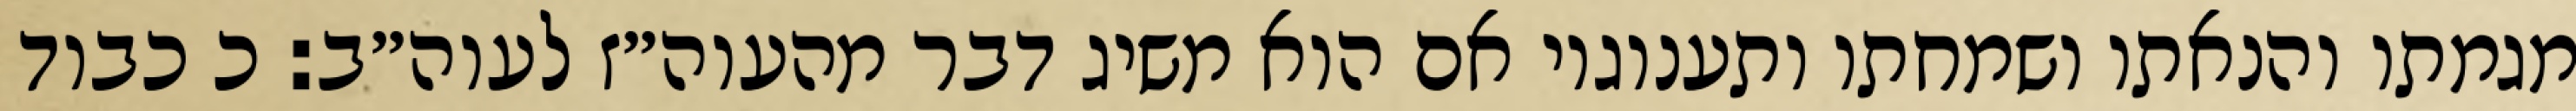
מגמתו והנאתו ושמחתו ותענוגיו אם הוא משיג דבר מהעוה״ז לעוה״ב: כ כבוד